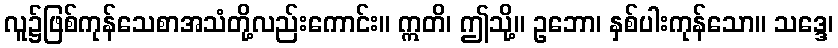
လူ၌ဖြစ်ကုန်သေစာအသံတို့လည်းကောင်း။ ဣတိ၊ ဤသို့။ ဥဘော၊ နှစ်ပါးကုန်သော။ သဒ္ဒေ၊